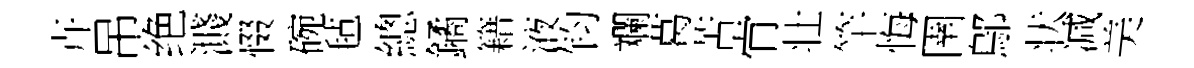
卉吊绝濺惙碗毡總鐍籍液钧斕葛苦肻壮竿悔圉鄔状减美